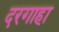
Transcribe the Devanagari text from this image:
दरगाहा